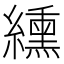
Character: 纁